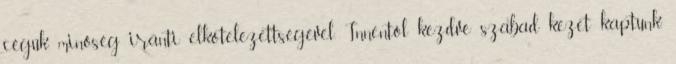
cégük minőség iránti elkötelezettségével. Innentől kezdve szabad kezet kaptunk.